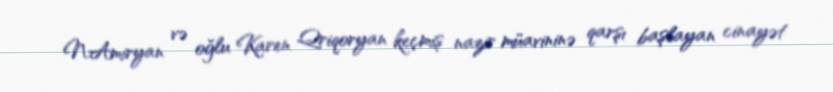
N.Amiryan və oğlu Karen Qriqoryan keçmiş nazir müavininə qarşı başlayan cinayət